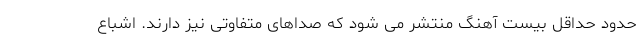
حدود حداقل بیست آهنگ منتشر می شود که صداهای متفاوتی نیز دارند. اشباع